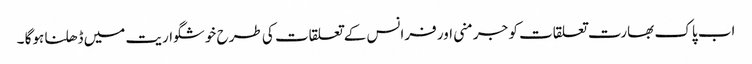
اب پاک بھارت تعلقات کو جرمنی اور فرانس کے تعلقات کی طرح خوشگواریت میں ڈھلنا ہوگا ۔